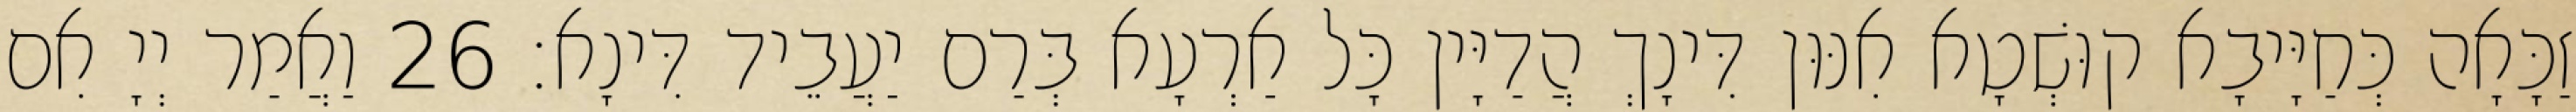
זַכָּאָה כְּחַיָּיבָא קוּשְׁטָא אִנּוּן דִּינָךְ הֲדַיָּין כָּל אַרְעָא בְּרַם יַעֲבֵיד דִּינָא׃ 26 וַאֲמַר יְיָ אִם